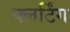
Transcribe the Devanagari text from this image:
फ्लर्टिंग